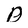
Character: D